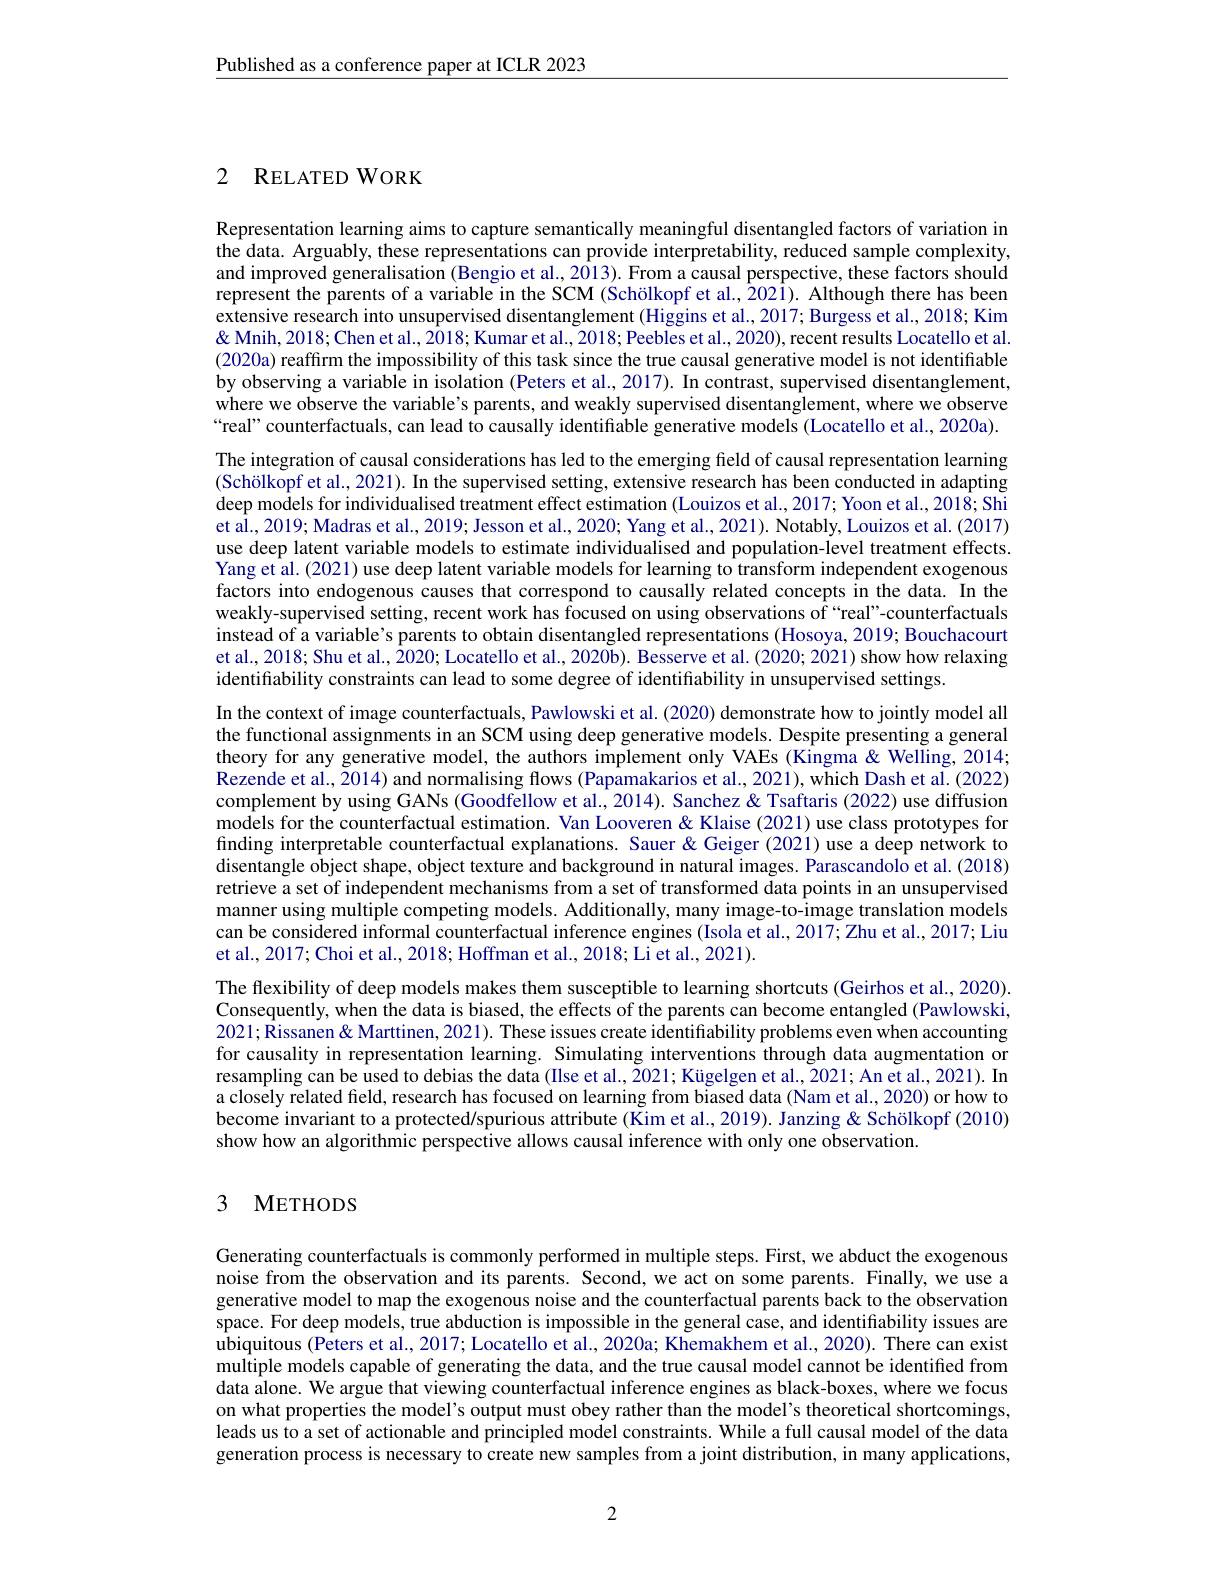
Published as a conference paper at ICLR 2023

## 2 RELATEDWORK

Representation learning aims to capture semantically meaningful disentangled factors of variation in the data. Arguably, these representations can provide interpretability, reduced sample complexity, and improved generalisation (Bengio et al., 2013). From a causal perspective, these factors should represent the parents of a variable in the SCM (Schölkopf et al., 2021). Although there has been extensive research into unsupervised disentanglement (Higgins et al., 2017; Burgess et al., 2018; Kim & Mnih, 2018; Chen et al., 2018; Kumar et al., 2018; Peebles et al., 2020), recent results Locatello et al. (2020a) reaffirm the impossibility of this task since the true causal generative model is not identifiable by observing a variable in isolation (Peters et al., 2017). In contrast, supervised disentanglement, where we observe the variable's parents, and weakly supervised disentanglement, where we observe “real” counterfactuals, can lead to causally identifiable generative models (Locatello et al., 2020a). The integration of causal considerations has led to the emerging field of causal representation learning (Schölkopf et al., 2021). In the supervised setting, extensive research has been conducted in adapting deep models for individualised treatment effect estimation (Louizos et al., 2017; Yoon et al., 2018; Shi et al., 2019; Madras et al., 2019; Jesson et al., 2020; Yang et al., 2021). Notably, Louizos et al. (2017) use deep latent variable models to estimate individualised and population-level treatment effects. Yang et al. (2021) use deep latent variable models for learning to transform independent exogenous factors into endogenous causes that correspond to causally related concepts in the data. In the weakly-supervised setting, recent work has focused on using observations of “real”-counterfactuals instead of a variable's parents to obtain disentangled representations (Hosoya, 2019; Bouchacourt et al., 2018; Shu et al., 2020; Locatello et al., 2020b). Besserve et al. (2020; 2021) show how relaxing identifiability constraints can lead to some degree of identiffability in unsupervised settings.
In the context of image counterfactuals, Pawlowski et al. (2020) demonstrate how to jointly model all the functional assignments in an SCM using deep generative models. Despite presenting a general theory for any generative model, the authors implement only VAEs (Kingma&Welling, 2014; Rezende et al., 2014) and normalising flows (Papamakarios et al., 2021), which Dash et al. (2022) complement by using GANs (Goodfellow et al., 2014). Sanchez & Tsaftaris (2022) use diffusion models for the counterfactual estimation. Van Looveren & Klaise (2021) use class prototypes for finding interpretable counterfactual explanations. Sauer &Geiger (2021) use a deep network to disentangle object shape, object texture and background in natural images. Parascandolo et al. (2018) retrieve a set of independent mechanisms from a set of transformed data points in an unsupervised manner using multiple competing models. Additionally, many image-to-image translation models can be considered informal counterfactual inference engines (Isola et al., 2017; Zhu et al., 2017; Liu et al., 2017; Choi et al., 2018; Hoffman et al., 2018; Li et al., 2021).
The flexibility of deep models makes them susceptible to learning shortcuts (Geirhos et al., 2020). Consequently, when the data is biased, the effects of the parents can become entangled (Pawlowski, 2021;Rissanen& Marttinen, 2021). These issues create identifiability problems even when accounting for causality in representation learning. Simulating interventions through data augmentation or resampling can be used to debias the data (Ilse et al., 2021; Kügelgen et al., 2021; An et al., 2021). In a closely related field, research has focused on learning from biased data (Nam et al., 2020) or how to become invariant to a protected/spurious attribute (Kim et al., 2019). Janzing & Schölkopf (2010) show how an algorithmic perspective allows causal inference with only one observation.

## 3 METHODS

Generating counterfactuals is commonly performed in multiple steps. First, we abduct the exogenous noise from the observation and its parents. Second, we act on some parents. Finally, we use a generative model to map the exogenous noise and the counterfactual parents back to the observation space. For deep models, true abduction is impossible in the general case, and identifiability issues are ubiquitous (Peters et al., 2017; Locatello et al., 2020a; Khemakhem et al., 2020). There can exist multiple models capable of generating the data, and the true causal model cannot be identified from data alone. We argue that viewing counterfactual inference engines as black-boxes, where we focus on what properties the model's output must obey rather than the model's theoretical shortcomings leads us to a set of actionable and principled model constraints. While a full causal model of the data generation process is necessary to create new samples from a joint distribution, in many applications,

2